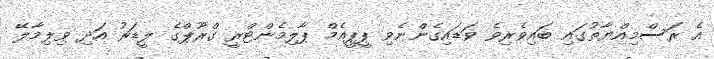
އެ ރަސްމިއްޔާތުގައި ބައިވެރިވެ ވަޑައިގެންނެވި ޕީޕީއެމް ޕާލިމެންޓްރީ ގްރޫޕްގެ ލީޑަރު އަދި ވިލިމާލޭ